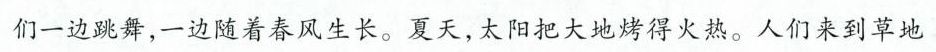
们一边跳舞，一边随着春风生长。夏天，太阳把大地烤得火热。人们来到草地